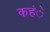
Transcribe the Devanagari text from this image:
कहंे